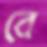
বে